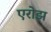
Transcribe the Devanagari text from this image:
एरोझ